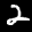
Label: 2